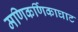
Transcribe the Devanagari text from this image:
मणिकर्णिकाघाट